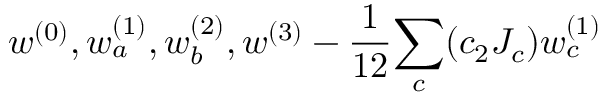
w ^ { ( 0 ) } , w _ { a } ^ { ( 1 ) } , w _ { b } ^ { ( 2 ) } , w ^ { ( 3 ) } - { \frac { 1 } { 1 2 } } { \sum _ { c } ( c _ { 2 } J _ { c } ) w _ { c } ^ { ( 1 ) } }